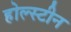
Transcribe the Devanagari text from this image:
होल्स्टीन